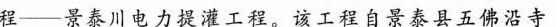
程------景泰川电力提灌工程。该工程自景泰县五佛沿寺